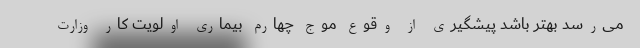
می‌رسد بهتر باشد پیشگیری از وقوع موج چهارم بیماری اولویت کار وزارت